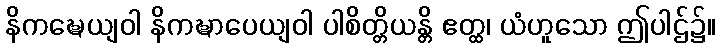
နိကဍ္ဎေယျဝါ နိကဍ္ဎာပေယျဝါ ပါစိတ္တိယန္တိ ဧတ္ထ၊ ယံဟူသော ဤပါဌ်၌။